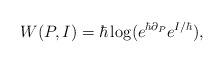
LaTeX: \begin{align*} W(P, I) = \hbar \log (e^{\hbar \partial_P}e^{I/\hbar}),\end{align*}